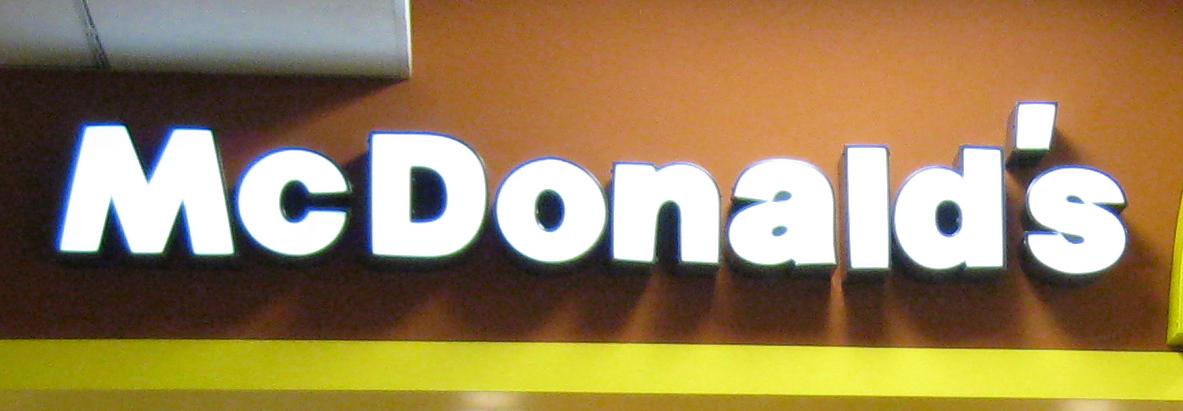
mcdonalds